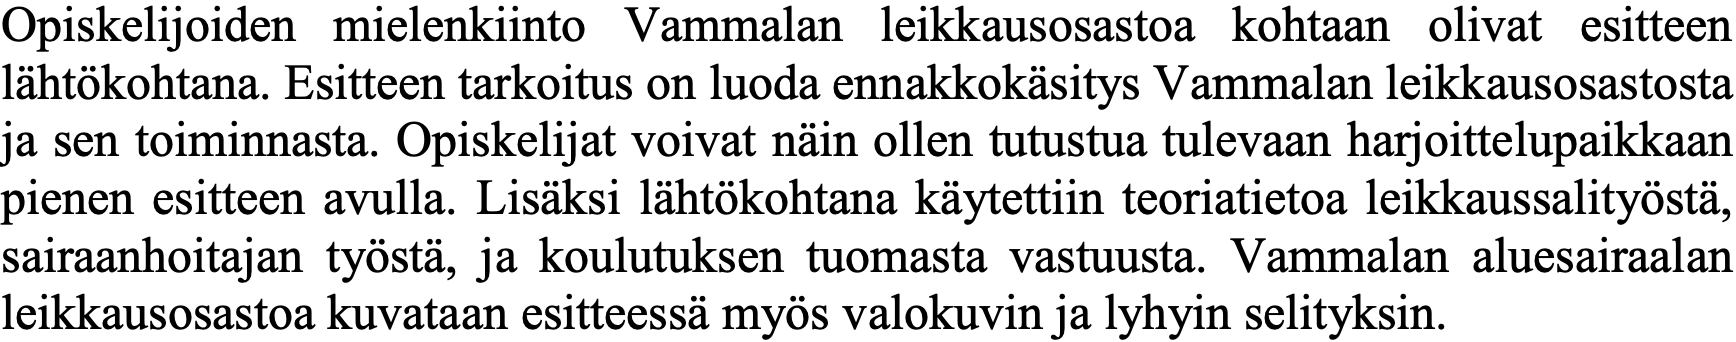
Opiskelijoiden mielenkiinto Vammalan leikkausosastoa kohtaan olivat esitteen lähtökohtana. Esitteen tarkoitus on luoda ennakkokäsitys Vammalan leikkausosastosta ja sen toiminnasta. Opiskelijat voivat näin ollen tutustua tulevaan harjoittelupaikkaan pienen esitteen avulla. Lisäksi lähtökohtana käytettiin teoriatietoa leikkaussalityöstä, sairaanhoitajan työstä, ja koulutuksen tuomasta vastuusta. Vammalan aluesairaalan leikkausosastoa kuvataan esitteessä myös valokuvin ja lyhyin selityksin.